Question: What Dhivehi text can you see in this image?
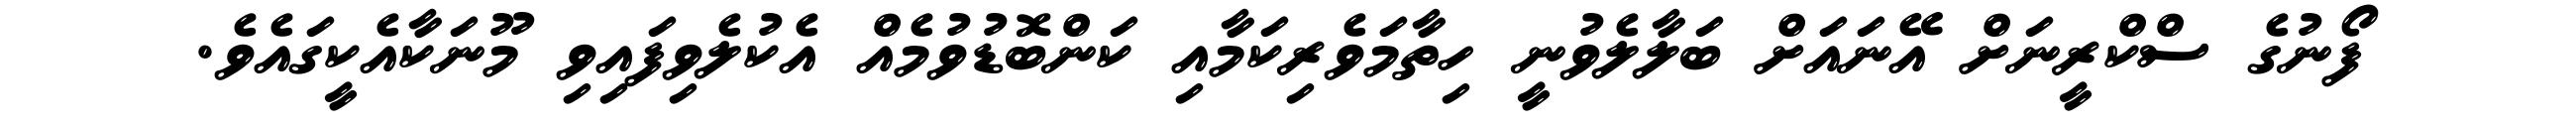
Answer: ފޯނުގެ ސްކްރީނަށް އޭނައަށް ބަލާލެވުނީ ހިތާމަވެރިކަމާއި ކަންބޮޑުވުމެއް އެކުލެވިފައިވި މޫނަކާއެކީގައެވެ.